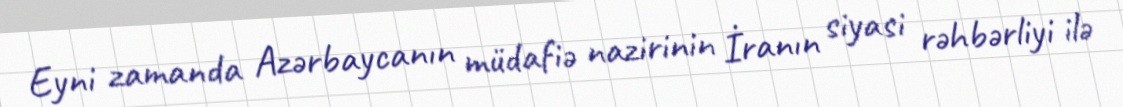
Eyni zamanda Azərbaycanın müdafiə nazirinin İranın siyasi rəhbərliyi ilə